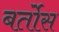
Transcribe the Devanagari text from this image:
बर्तोस